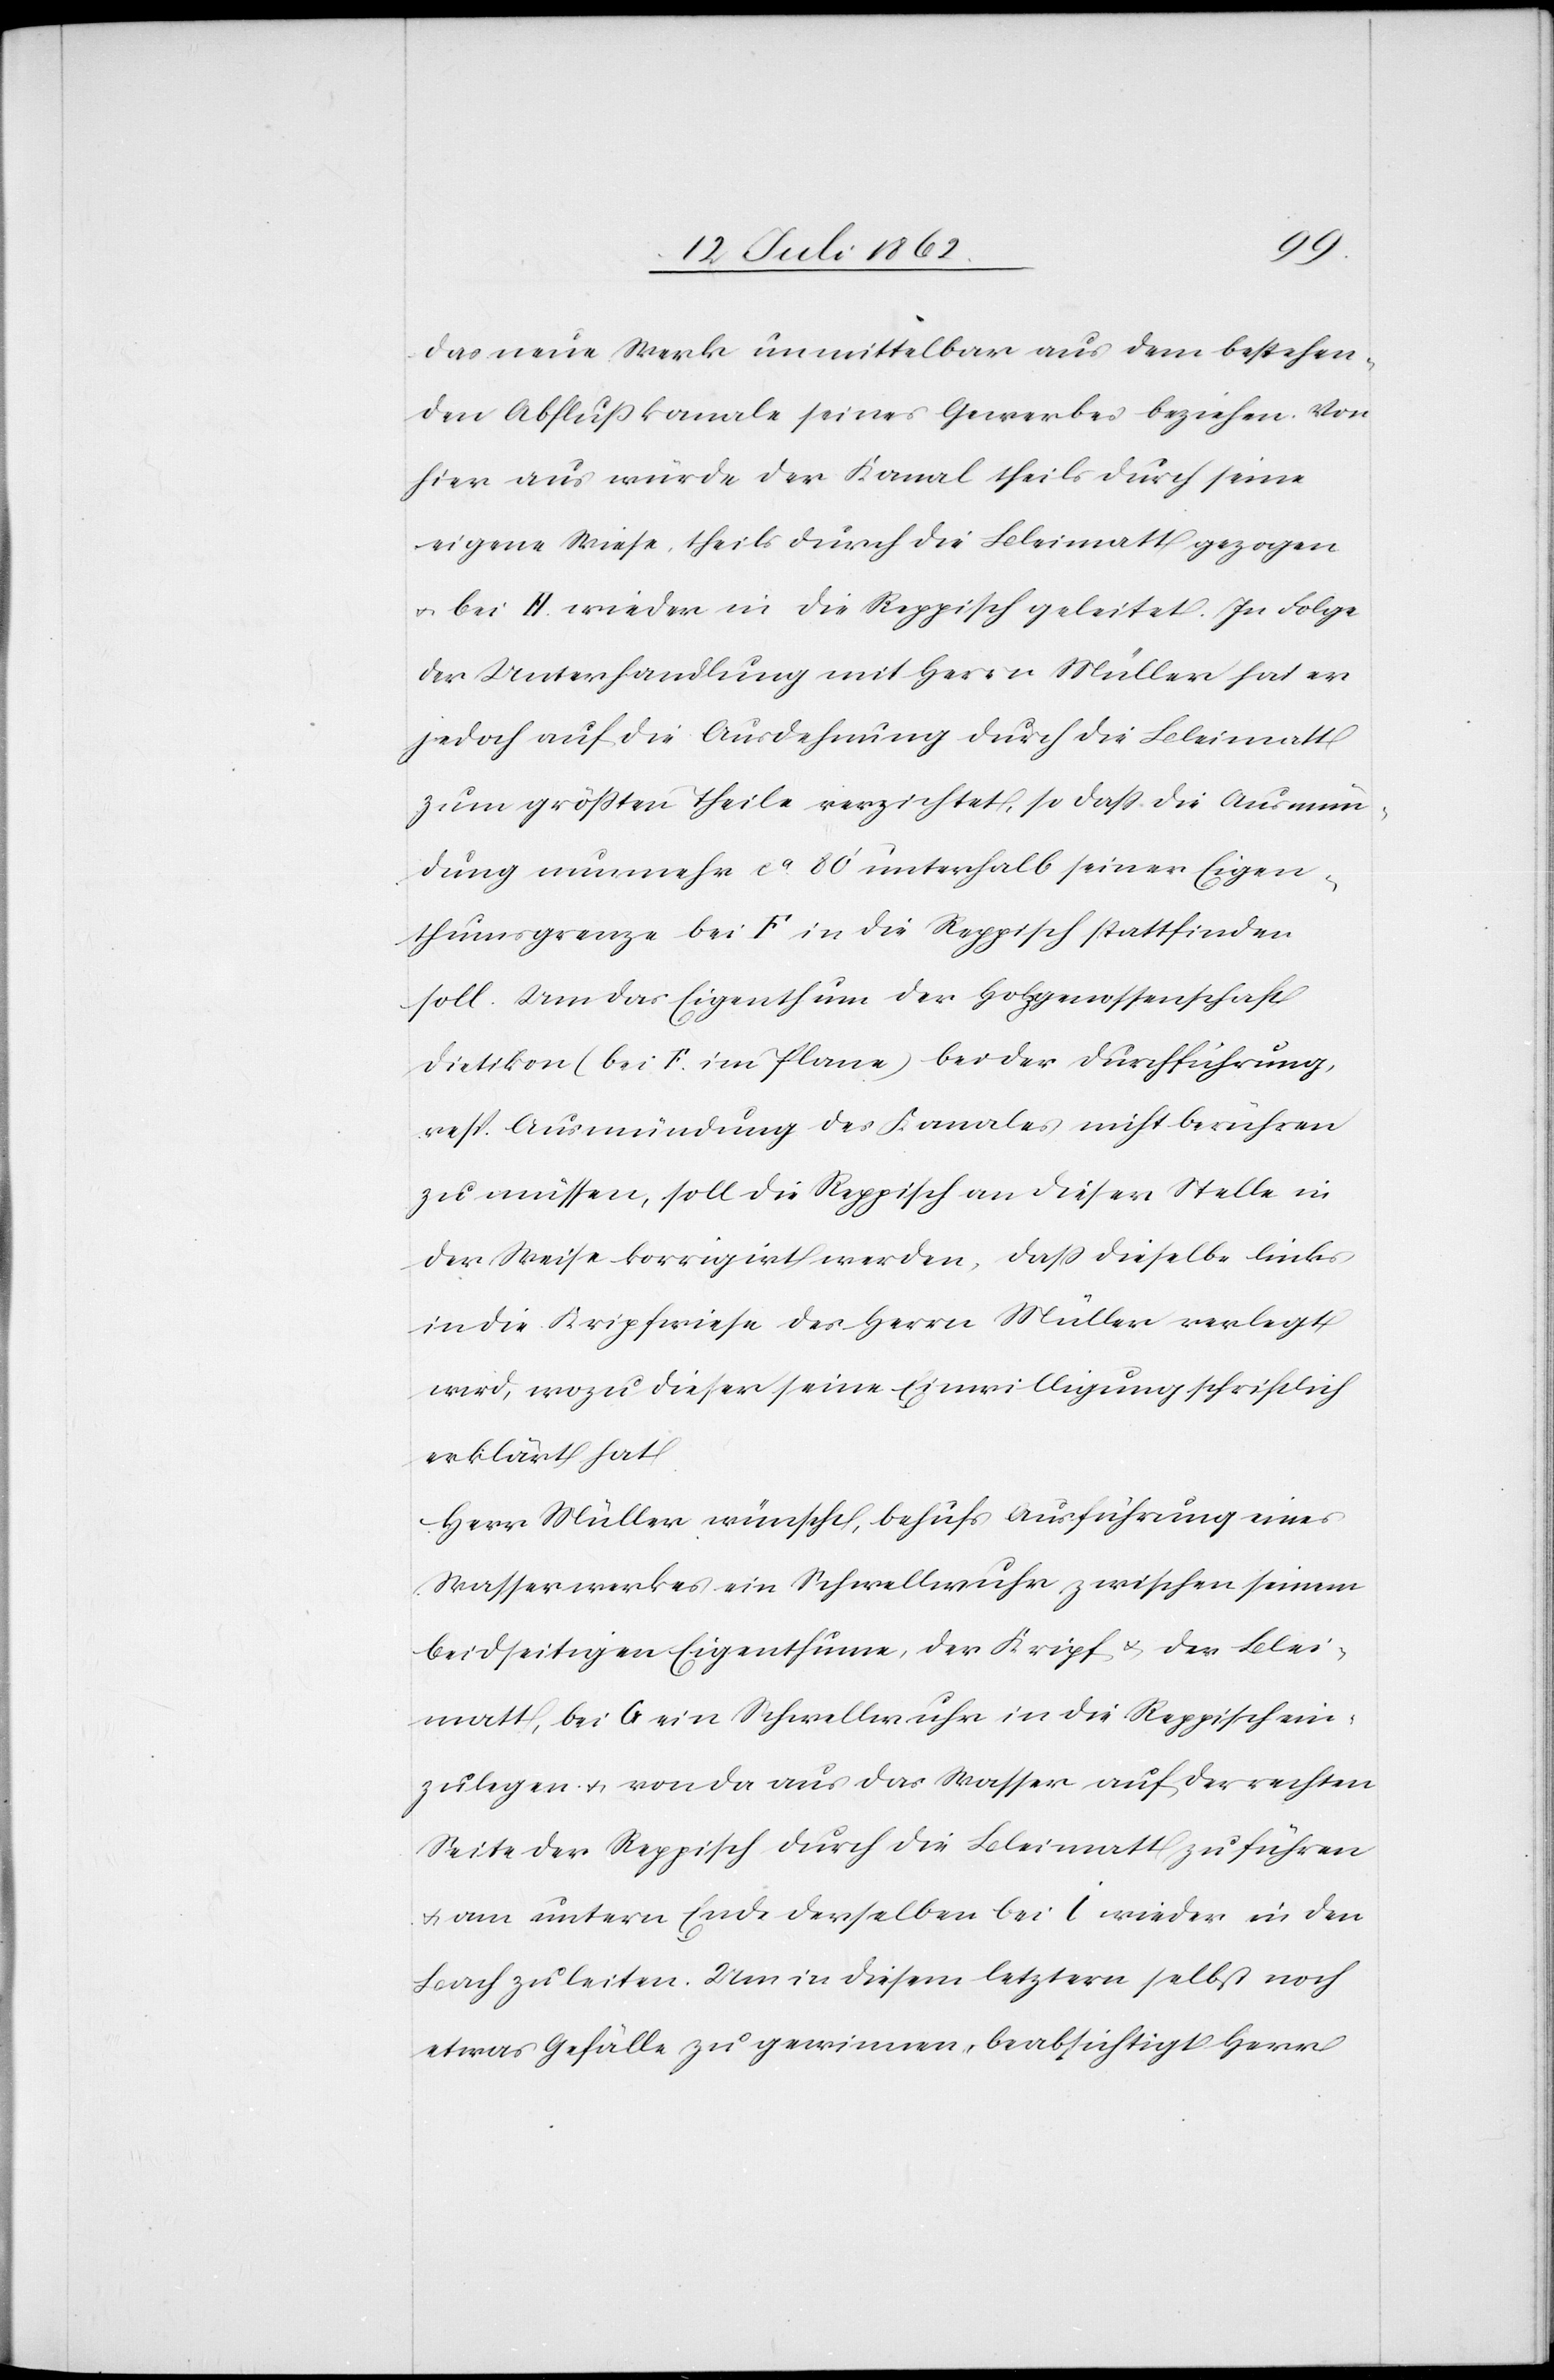
das neue Werk unmittelbar aus dem bestehen¬
den Abflußkanale seines Gewerbes beziehen. Von
hier aus würde der Kanal theils durch seine
eigene Wiese, theils durch die Bleimatt gezogen
u. bei H wieder in die Reppisch geleitet. In Folge
der Unterhandlung mit Herrn Müller hat er
jedoch auf die Ausdehnung durch die Bleimatt
zum größten Theile verzichtet, so daß die Ausmün¬
dung nunmehr ca 80’ unterhalb seiner Eigen¬
thumsgrenze bei F in die Reppisch stattfinden
soll. Um das Eigenthum der Holzgenossenschaft
Dietikon (bei F im Plane) bei der Durchführung,
resp. Ausmündung des Kanales nicht berühren
zu müssen, soll die Reppisch an dieser Stelle in
der Weise korrigirt werden, daß dieselbe links
in die Kripfwiese des Herrn Müller verlegt
wird, wozu dieser seine Einwilligung schriftlich
erklärt hat.
Herr Müller wünscht, behufs Ausführung eines
Wasserwerkes ein Schwellwuhr zwischen seinem
beidseitigen Eigenthume, der Kripf u. der Blei¬
matt, bei G ein Schwellwuhr in die Reppisch ein¬
zulegen u. von da aus das Wasser auf der rechten
Seite der Reppisch durch die Bleimatt zu führen
u. am untern Ende derselben bei I wieder in den
Bach zu leiten. Um in diesem letztern selbst noch
etwas Gefälle zu gewinnen, beabsichtigt Herr